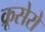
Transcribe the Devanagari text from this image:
क्रूसेरो